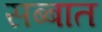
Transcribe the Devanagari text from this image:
सब्बात